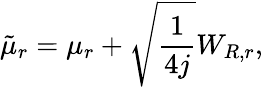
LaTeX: \tilde{\mu}_{r}=\mu_{r}+\sqrt{\frac{1}{4j}}W_{R,r},